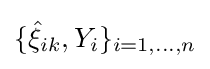
\{{\hat {\xi }}_{ik},Y_{i}\}_{i=1,...,n}